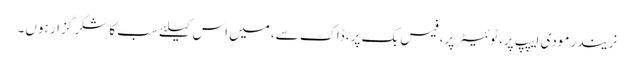
نریندر مودی ایپپ پر، ٹوئیٹر پر، فیس بک پر، ڈاک سے، میں اس کیلئے سب کا شکر گزار ہوں۔